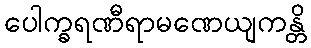
ပေါက္ခရဏီရာမဏေယျကန္တိ